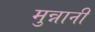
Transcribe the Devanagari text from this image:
मुन्नानी